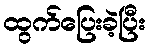
ထွက်ပြေးခဲ့ပြီး